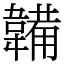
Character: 韛